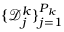
\{ \mathcal { D } _ { j } ^ { k } \} _ { j = 1 } ^ { P _ { k } }